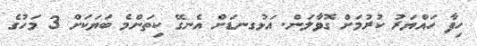
ހިފާ ހައްޔަރު ކުރުމަށް ގޮވާލަން. އަޅުގނޑަށް އެނގޭ ކިތަންމެ ބަޔަކަށް 3 މަހުގެ